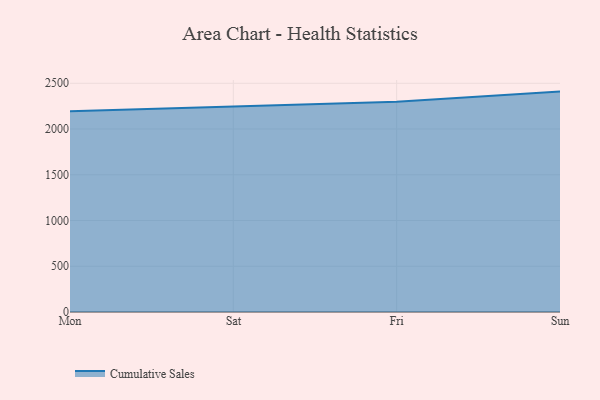
{"axis": {"x": "Day", "y": "Latency (ms)"}, "legend": ["Cumulative Sales"], "data": [{"x": "Mon", "y": 2193.9, "type": "Cumulative Sales"}, {"x": "Sat", "y": 2243.8, "type": "Cumulative Sales"}, {"x": "Fri", "y": 2298.0, "type": "Cumulative Sales"}, {"x": "Sun", "y": 2409.1, "type": "Cumulative Sales"}]}